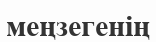
меңзегенің